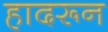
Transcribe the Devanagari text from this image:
हादरून